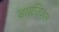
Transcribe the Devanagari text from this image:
डायजिकल